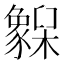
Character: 𬅌